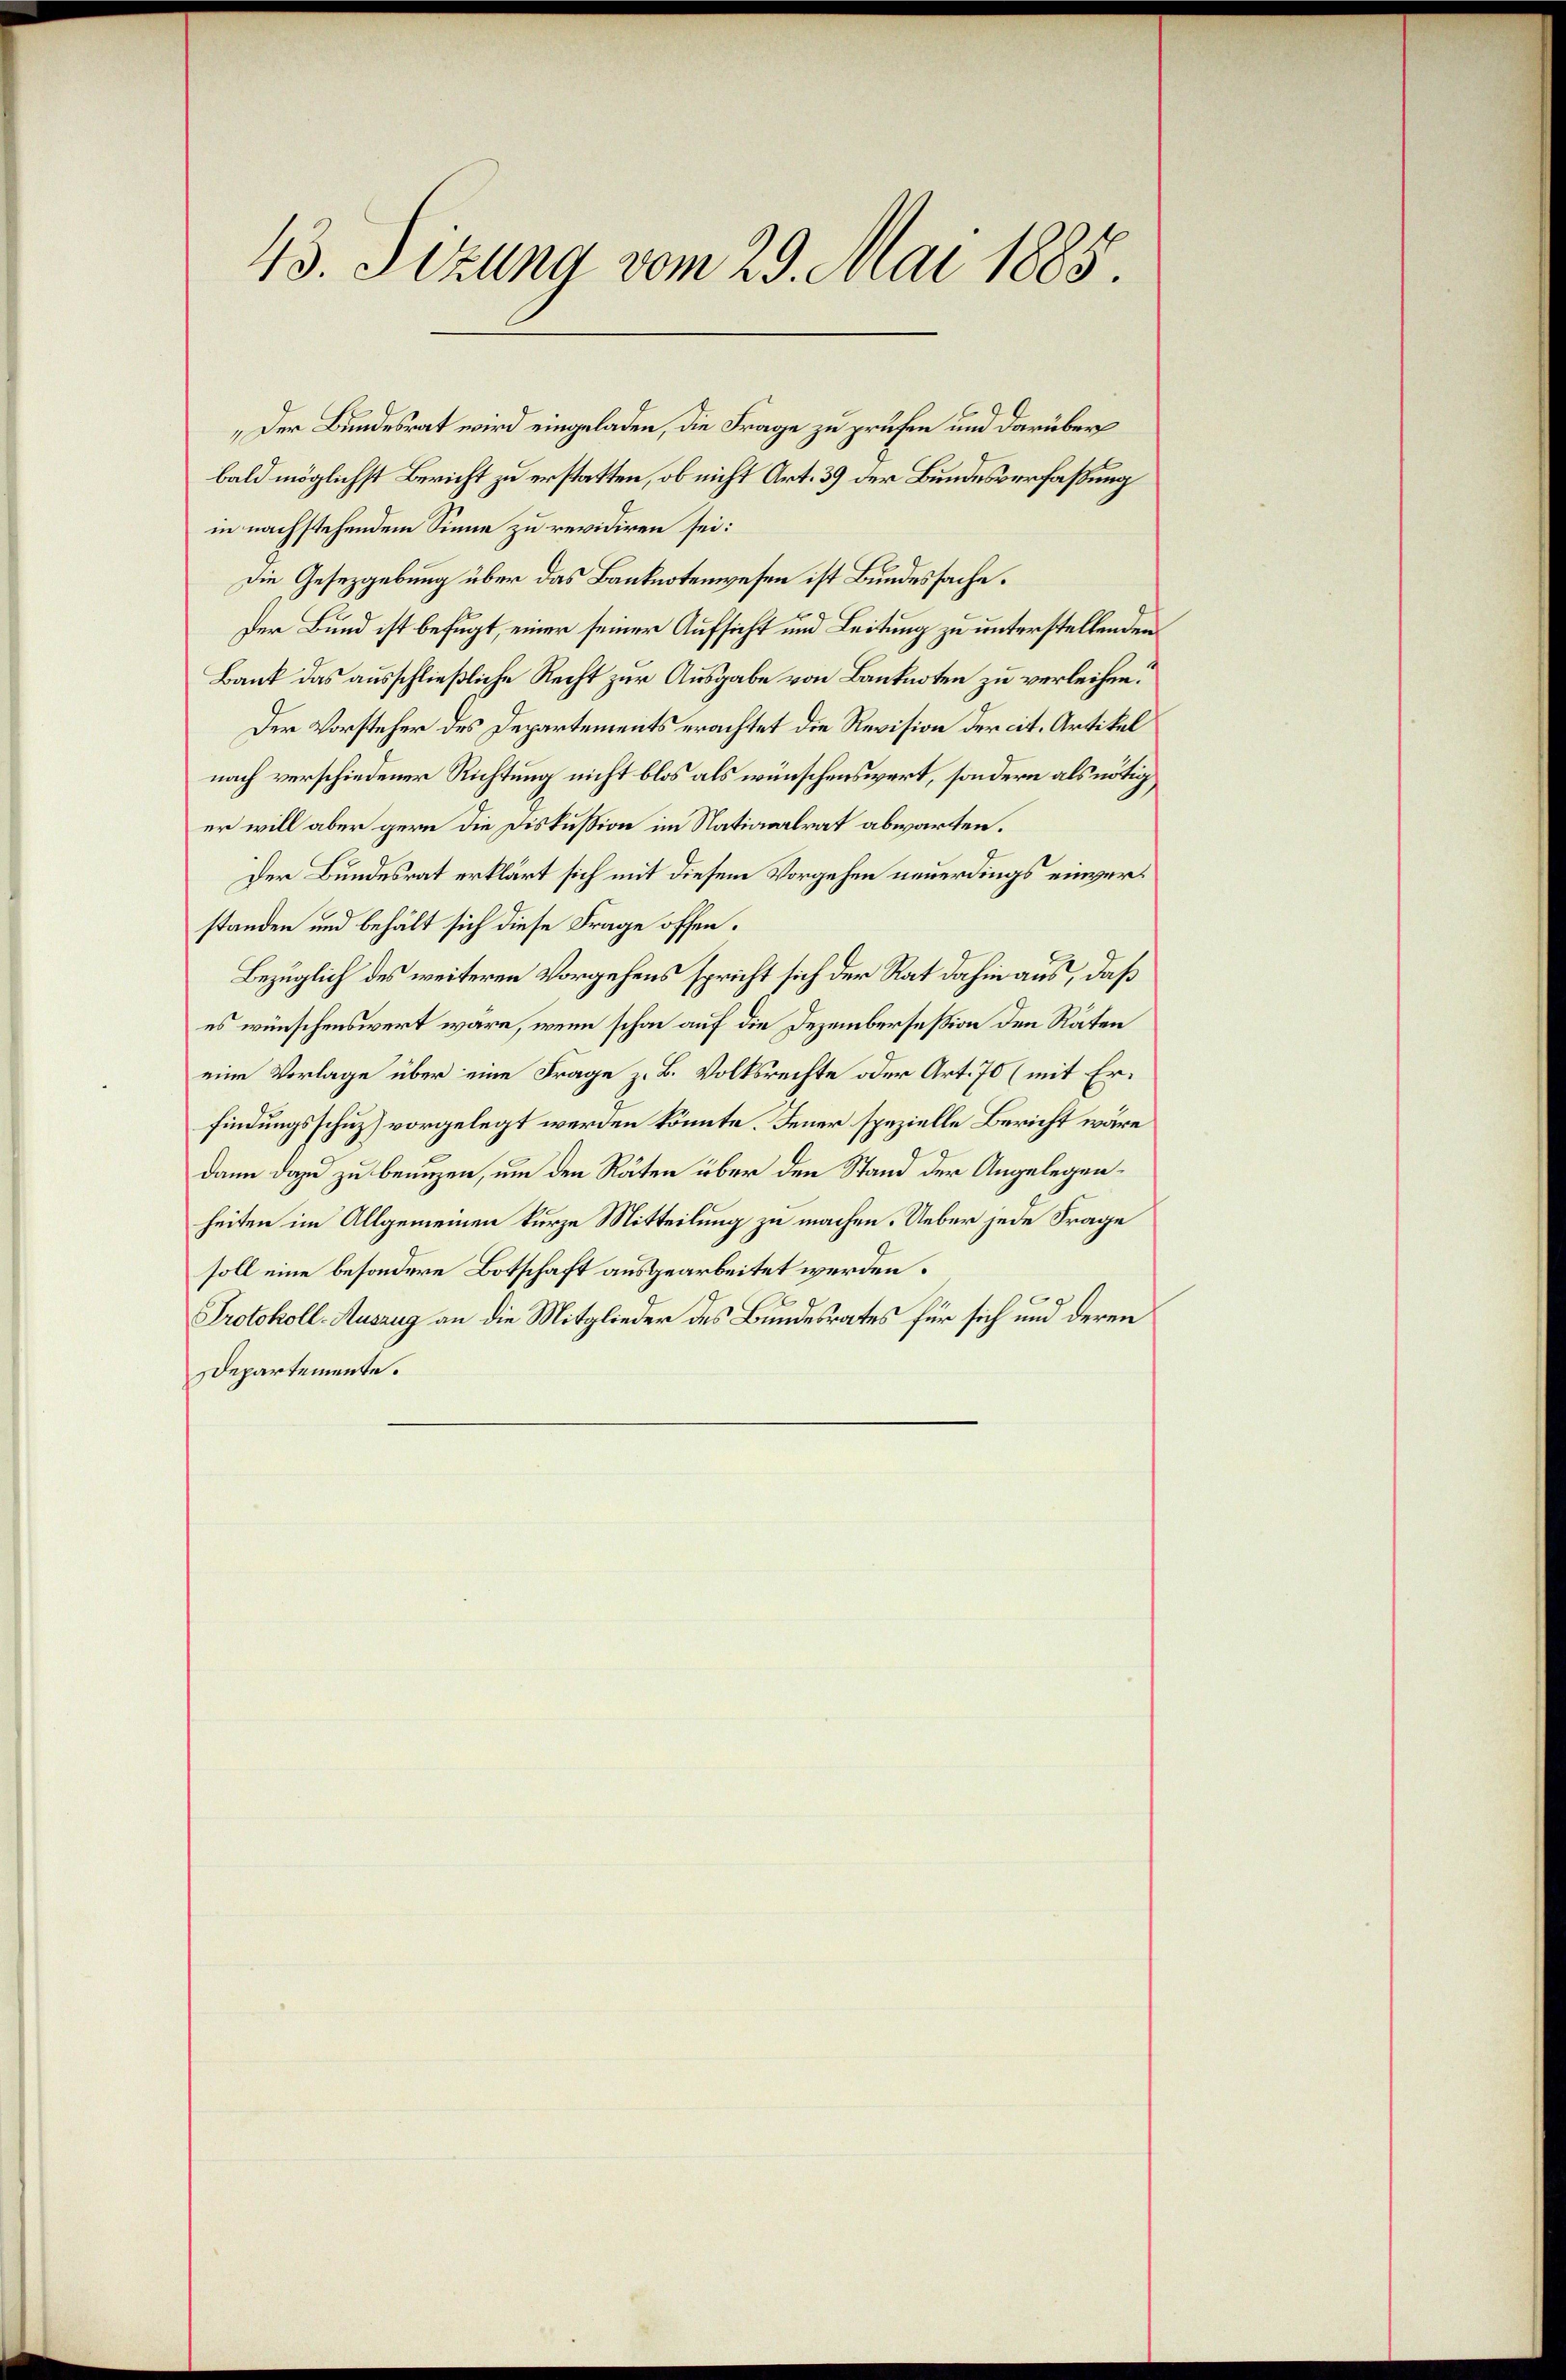
43. Sizung vom 29. Mai 1885.

„Der Bundesrat wird eingeladen, die Frage zu prüfen und darüber
bald möglichst Bericht zu erstatten, ob nicht Art. 39 der Bundesverfaßung
in nachstehendem Sinne zu revidiren sei:
Die Gesetzgebung über das Banknotenwesen ist Bundessache.
Der Bund ist befugt, einer seiner Aufsicht und Leitung zu unterstellenden
Bank das ausschließliche Recht zur Ausgabe von Banknoten zu verleihen.
Der Vorsteher des Departements erachtet die Revision der cit. Artikel
nach verschiedener Richtung nicht blos als wünschenswert, sondern als nötig
er will aber gern die Diskussion im Nationalrat abwarten.
Der Bundesrat erklärt sich mit diesem Vorgehen neuerdings einverstanden und behält sich diese Frage offen.
Bezüglich des weiteren Vorgehens spricht sich der Rat dahin aus, daß
es wünschenswert wäre, wenn schon auf die Dezembersession den Räten
eine Vorlage über eine Frage z. B. Volksrechte oder Art. 70 (mit Erfindungsschuz) vorgelegt werden könnte. Feuer spezielle Bericht wäre
dann dazu zu benuzen, um den Räten über den Stand der Angelegenheiten im Allgemeinen kurze Mitteilung zu machen. Ueber jede Frage
soll eine besondere Botschaft ausgearbeitet werden.
Protokoll-Auszug an die Mitglieder des Bundesrates für sich und deren
Departemente.